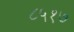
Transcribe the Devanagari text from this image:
८५१७